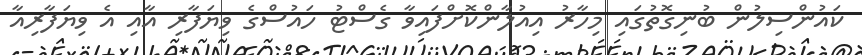
ކައުންސިލުން ބުނިގޮތުގައި މިހާރު އިއުލާންކޮށްފައިވާ ގެސްޓު ހައުސްގެ ވިޔަފާރި އާއި އެ ވިޔަފާރިއާ